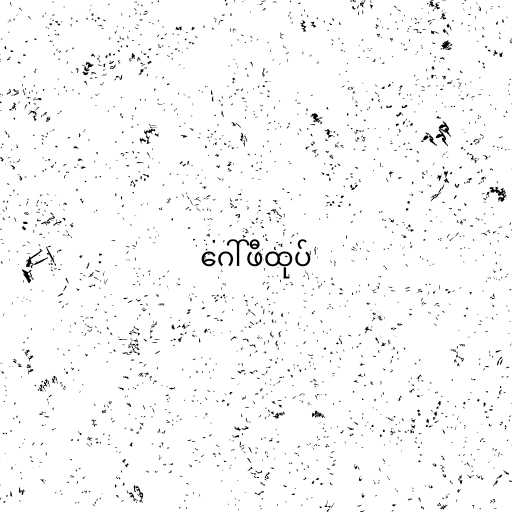
ဂေါ်ဖီထုပ်